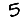
Digit: 5